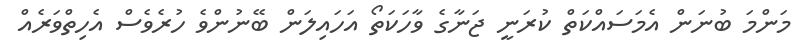
މަންމަ ބުނަން އެމަސައްކަތް ކުރަނީ ޖަނާގެ ވާހަކަތޯ އަހައިލަން ބޭނުންވެ ހުރެވެސް އެހިތްވަރެއް